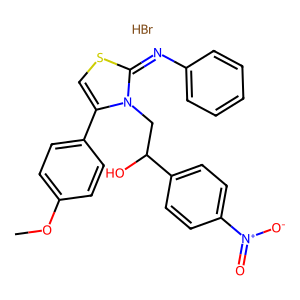
SMILES: Br.COc1ccc(-c2csc(=Nc3ccccc3)n2CC(O)c2ccc([N+](=O)[O-])cc2)cc1
Inhibits HIV replication: No